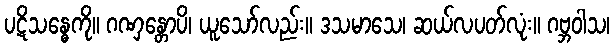
ပဋိသန္ဓေကို။ ဂဏှန္တောပိ၊ ယူသော်လည်း။ ဒသမာသေ၊ ဆယ်လပတ်လုံး။ ဂဗ္ဘဝါသ၊